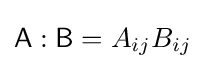
{\mathsf {A}}:{\mathsf {B}}=A_{ij}B_{ij}